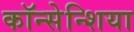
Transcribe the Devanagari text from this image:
कॉन्सेन्शिया